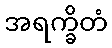
အရက္ခိတံ